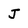
Character: J